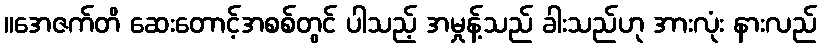
။အေဇက်တိ ဆေးတောင့်အစစ်တွင် ပါသည့် အမှုန့်သည် ခါးသည်ဟု အားလုံး နားလည်